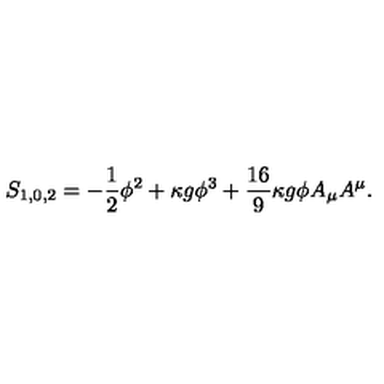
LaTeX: S _ { 1 , 0 , 2 } = - \frac { 1 } { 2 } \phi ^ { 2 } + \kappa g \phi ^ { 3 } + \frac { 1 6 } { 9 } \kappa g \phi A _ { \mu } A ^ { \mu } .